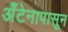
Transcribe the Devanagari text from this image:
अँटेनापासून